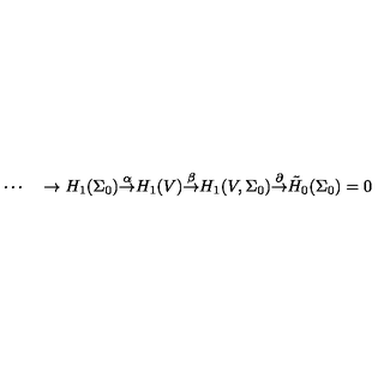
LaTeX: \cdots \quad \rightarrow H _ { 1 } ( \Sigma _ { 0 } ) { \frac { \buildrel \alpha } { \rightarrow } } H _ { 1 } ( V ) { \frac { \buildrel \beta } { \rightarrow } } H _ { 1 } ( V , \Sigma _ { 0 } ) { \frac { \buildrel \partial } { \rightarrow } } { \tilde { H } _ { 0 } } ( \Sigma _ { 0 } ) = 0 \quad